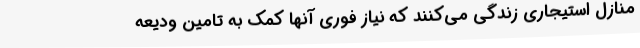
منازل استیجاری زندگی می‌کنند که نیاز فوری آنها کمک به تامین ودیعه